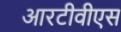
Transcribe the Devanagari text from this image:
आरटीवीएस